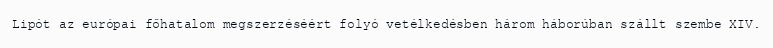
Lipót az európai főhatalom megszerzéséért folyó vetélkedésben három háborúban szállt szembe XIV.